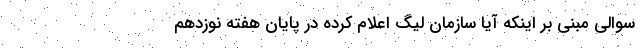
سوالی مبنی بر اینکه آیا سازمان لیگ اعلام کرده در پایان هفته نوزدهم